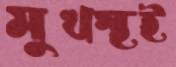
মুখস্থই